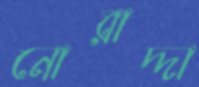
নোরাদ্দা